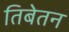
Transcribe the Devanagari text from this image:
तिबेतन